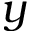
y